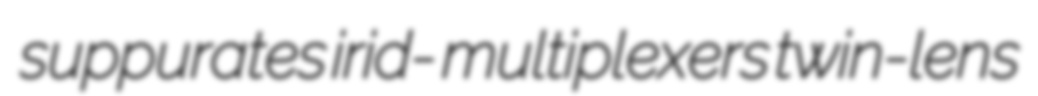
suppurates irid- multiplexers twin-lens